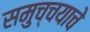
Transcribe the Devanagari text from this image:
समुच्चयाचे